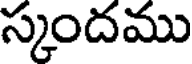
స్కందము